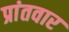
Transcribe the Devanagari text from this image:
प्रांतवार